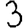
Digit: 3